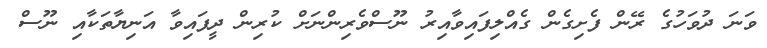
ވަނަ ދުވަހުގެ ރޭން ފެށިގެން ގެއްލިފައިވާއިރު ނޫސްވެރިންނަށް ކުރިން ދީފައިވާ އަނިޔާތަކާއި ނޫސް